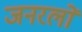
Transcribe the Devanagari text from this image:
जनरलाें